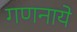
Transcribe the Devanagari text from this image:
गणनाये